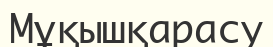
Мұқышқарасу